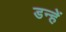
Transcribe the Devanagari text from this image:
डन्हें